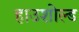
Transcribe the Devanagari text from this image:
हाउशोल्ड